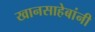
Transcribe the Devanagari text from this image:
खानसाहेबांनी